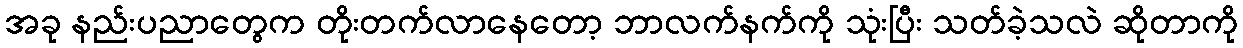
အခု နည်းပညာတွေက တိုးတက်လာနေတော့ ဘာလက်နက်ကို သုံးပြီး သတ်ခဲ့သလဲ ဆိုတာကို